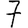
Digit: 7